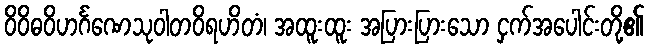
ဝိဝိဓဝိဟင်္ဂဏေသုဝါတဝိရဟိတံ၊ အထူးထူး အပြားပြားသော ငှက်အပေါင်းတို့၏